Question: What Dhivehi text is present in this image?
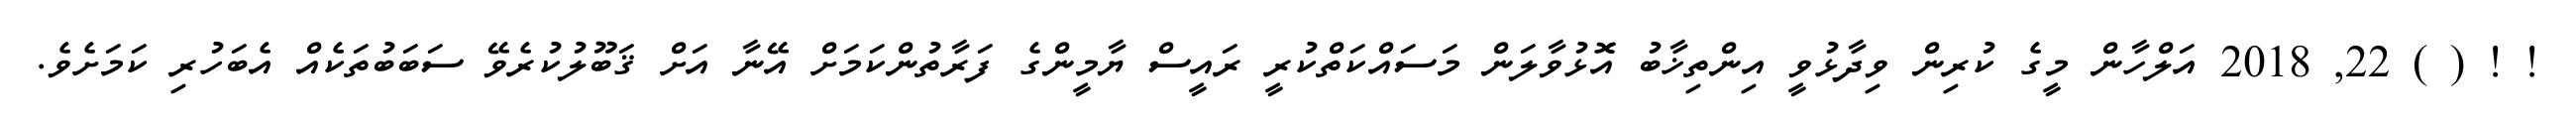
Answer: ! ! ( ) 22, 2018 އަލްހާން މީގެ ކުރިން ވިދާޅުވީ އިންތިޚާބު އޮޅުވާލަން މަސައްކަތްކުރީ ރައީސް ޔާމީންގެ ފަރާތުންކަމަށް އޭނާ އަށް ޤަބޫލުކުރެވޭ ސަބަބުތަކެއް އެބަހުރި ކަމަށެވެ.